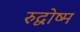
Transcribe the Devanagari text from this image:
रुद्वोष्म